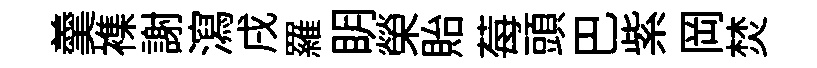
羹襍謝瀉戌羅眀榮貽莓頭巴紫岡焚